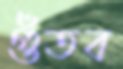
গুঁতব